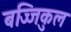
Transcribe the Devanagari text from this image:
बज्जिकुल